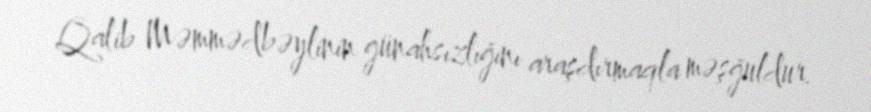
Qalib Məmmədbəylinin günahsızlığını araşdırmaqla məşğuldur.